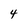
Character: 4